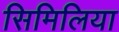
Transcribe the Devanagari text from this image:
सिमिलिया